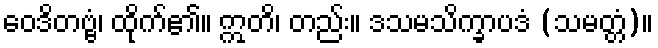
ဝေဒိတဗ္ဗံ၊ ထိုက်၏။ ဣတိ၊ တည်း။ ဒသမသိက္ခာပဒံ (သမတ္တံ)။